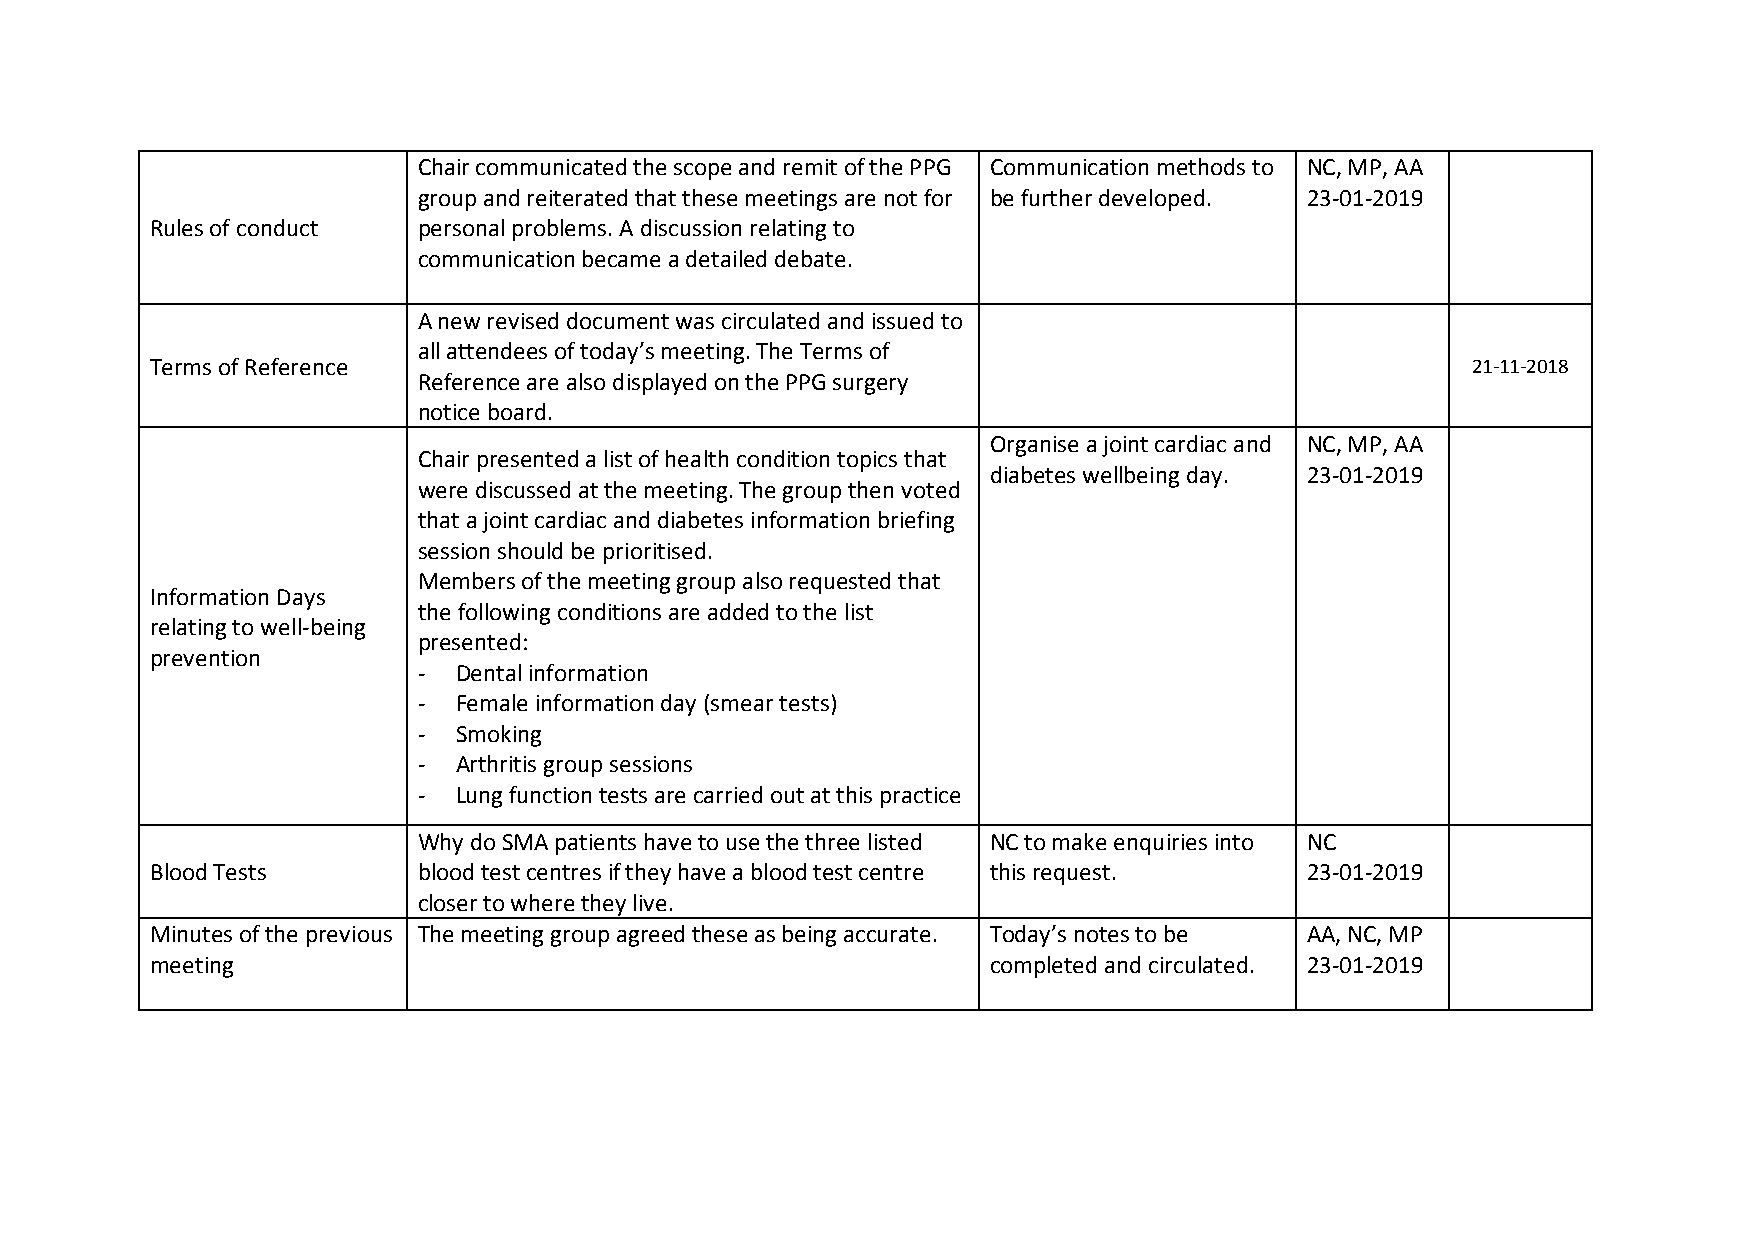
Chair communicated the scope and remit of the PPG Communication methods to NC, MP, AA
 group and reiterated that these meetings are not for be further developed. 23-01-2019
 Rules of conduct  personal problems. A discussion relating to
 communication became a detailed debate.
 A new revised document was circulated and issued to
 all attendees of today’s meeting. The Terms of
 Terms of Reference                                                                     21-11-2018
 Reference are also displayed on the PPG surgery
 notice board.
 Organise a joint cardiac and NC, MP, AA
 Chair presented a list of health condition topics that
 diabetes wellbeing day. 23-01-2019
 were discussed at the meeting. The group then voted
 that a joint cardiac and diabetes information briefing
 session should be prioritised.
 Members of the meeting group also requested that
 Information Days
 the following conditions are added to the list
 relating to well-being
 presented:
 prevention
 - Dental information
 - Female information day (smear tests)
 - Smoking
 - Arthritis group sessions
 - Lung function tests are carried out at this practice
 Why do SMA patients have to use the three listed NC to make enquiries into NC
 Blood Tests       blood test centres if they have a blood test centre this request. 23-01-2019
 closer to where they live.
 Minutes of the previous The meeting group agreed these as being accurate. Today’s notes to be AA, NC, MP
 meeting                                                 completed and circulated. 23-01-2019